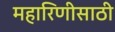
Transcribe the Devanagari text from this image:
महारिणीसाठी